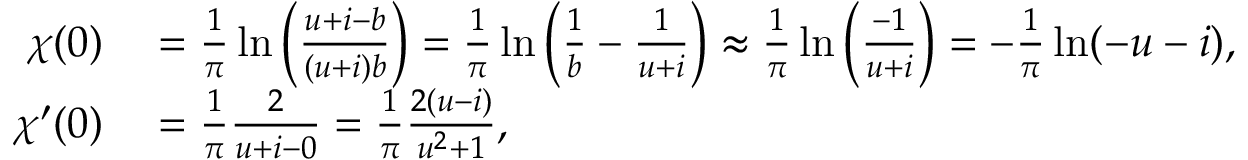
\begin{array} { r l } { \chi ( 0 ) } & { { } = \frac { 1 } { \pi } \ln \left( \frac { u + i - b } { ( u + i ) b } \right) = \frac { 1 } { \pi } \ln \left( \frac { 1 } { b } - \frac { 1 } { u + i } \right) \approx \frac { 1 } { \pi } \ln \left( \frac { - 1 } { u + i } \right) = - \frac { 1 } { \pi } \ln ( - u - i ) , } \\ { \chi ^ { \prime } ( 0 ) } & { { } = \frac { 1 } { \pi } \frac { 2 } { u + i - 0 } = \frac { 1 } { \pi } \frac { 2 ( u - i ) } { u ^ { 2 } + 1 } , } \end{array}